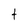
Character: t